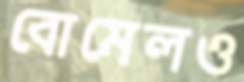
বোমেলও